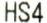
HS4